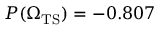
P ( { \Omega _ { \mathrm { T S } } } ) = - 0 . 8 0 7